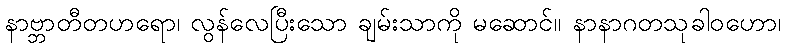
နာဗ္ဘာတီတဟရော၊ လွန်လေပြီးသော ချမ်းသာကို မဆောင်။ နာနာဂတသုခါဝဟော၊